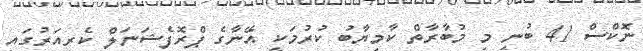
ނޮކްސް 41 ބުނީ މި މުބާރާތް ކާމިޔާބު ކުރުމަކީ އޭނާގެ ޕްރޮފެޝަނަލް ކެރިއަރުގައި